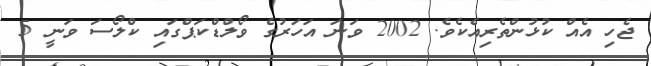
ޖެހި އެއް ކުޅުންތެރިއެކެވެ. 2002 ވަނަ އަހަރުގެ ވޯލްޑްކަޕްގައި ކްލޯސަ ވަނީ 5